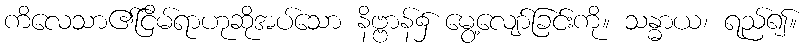
ကိလေသာ၏ငြိမ်ရာဟုဆိုအပ်သော နိဗ္ဗာန်၌ မွေ့လျော်ခြင်းကို။ သန္ဓာယ၊ ရည်၍။